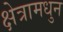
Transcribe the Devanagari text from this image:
क्षेत्रामधुन